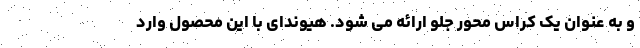
و به عنوان یک کراس محور جلو ارائه می شود. هیوندای با این محصول وارد